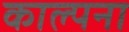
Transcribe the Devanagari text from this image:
काल्पना